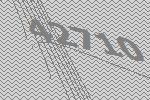
42710